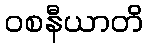
ဝစနီယာတိ